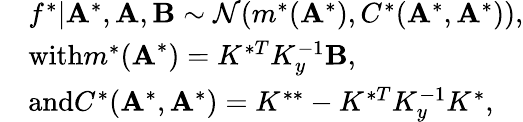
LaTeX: \begin{array}{rl}&{f^{*}|\mathbf{A}^{*},\mathbf{A},\mathbf{B}\sim\mathcal{N}(m^{*}(\mathbf{A}^{*}),C^{*}(\mathbf{A}^{*},\mathbf{A}^{*})),}\\ &{\textrm{with}m^{*}(\textbf{A}^{*})=K^{*T}K_{y}^{-1}\mathbf{B},}\\ &{\textrm{and}C^{*}(\mathbf{A}^{*},\mathbf{A}^{*})=K^{**}-K^{*T}K_{y}^{-1}K^{*},}\end{array}